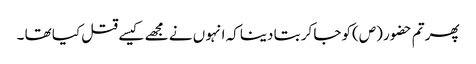
پھر تم حضو ر (ص)کو جا کر بتا دینا کہ انہو ں نے مجھے کیسے قتل کیا تھا ۔